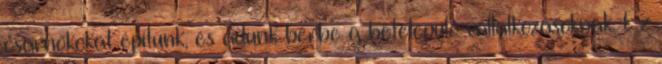
csarnokokat építünk, és adunk bérbe a betelepülô vállalkozásoknak. Ez